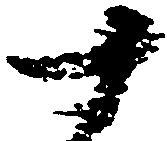
十